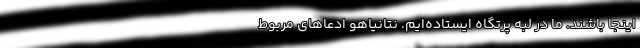
اینجا باشند. ما در لبه پرتگاه ایستاده‌ایم. نتانیاهو ادعاهای مربوط